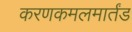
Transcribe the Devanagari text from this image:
करणकमलमार्तंड